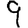
Digit: 9